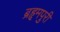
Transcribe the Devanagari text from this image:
ब्रहृमपुरी